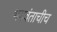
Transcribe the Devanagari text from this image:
भगवंताचीच